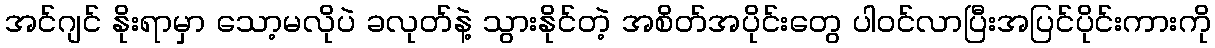
အင်ဂျင် နိုးရာမှာ သော့မလိုပဲ ခလုတ်နဲ့ သွားနိုင်တဲ့ အစိတ်အပိုင်းတွေ ပါဝင်လာပြီးအပြင်ပိုင်းကားကို